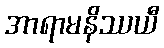
အာရာမနိဿယီ